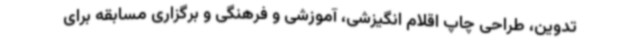
تدوین، طراحی چاپ اقلام انگیزشی، آموزشی و فرهنگی و برگزاری مسابقه برای